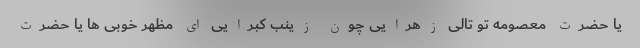
یا حضرت معصومه تو تالی زهرایی چون زینب کبرایی ای مظهر خوبی ها یا حضرت